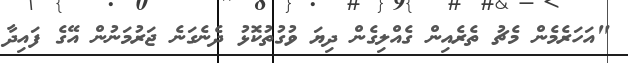
"އަހަރެމެން މެޗު ތެރެއިން ގެއްލިގެން ދިޔަ ވުގުތުކޮޅު ދެނެގަނެ ޖަރުމަނުން އޭގެ ފައިދާ